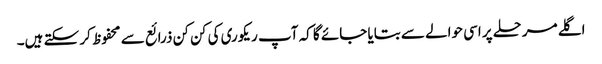
اگلے مرحلے پر اسی حوالے سے بتایا جائے گا کہ آپ ریکوری کی کن کن ذرائع سے محفوظ کر سکتے ہیں۔